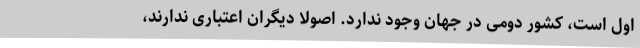
اول است، کشور دومی در جهان وجود ندارد. اصولا دیگران اعتباری ندارند،